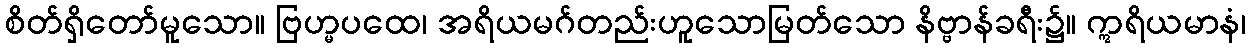
စိတ်ရှိတော်မူသော။ ဗြဟ္မပထေ၊ အရိယမဂ်တည်းဟူသောမြတ်သော နိဗ္ဗာန်ခရီး၌။ ဣရိယမာနံ၊